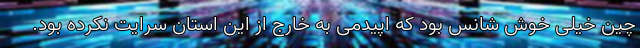
چین خیلی خوش شانس بود که اپیدمی به خارج از این استان سرایت نکرده بود.